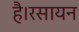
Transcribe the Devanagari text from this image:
है।रसायन